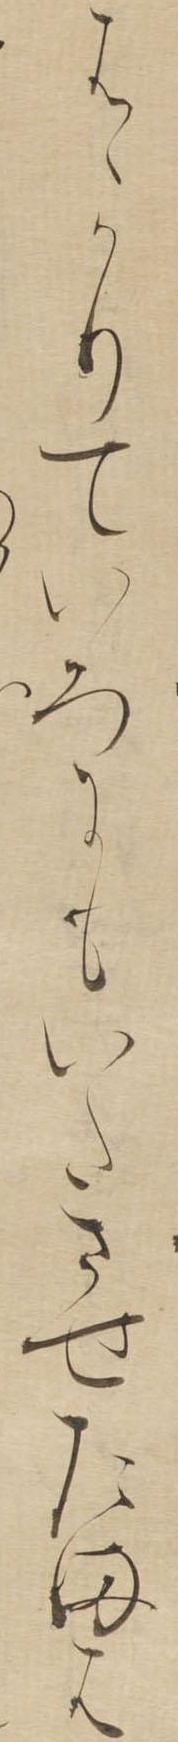
はゝかりていろにもいたさせたまは